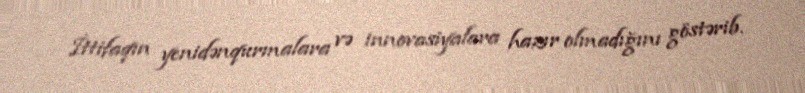
İttifaqın yenidənqurmalara və innovasiyalara hazır olmadığını göstərib.